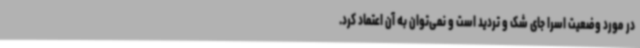
در مورد وضعیت اسرا جای شک و تردید است و نمی‌توان به آن اعتماد کرد.